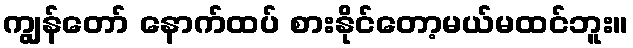
ကျွန်တော် နောက်ထပ် စားနိုင်တော့မယ်မထင်ဘူး။